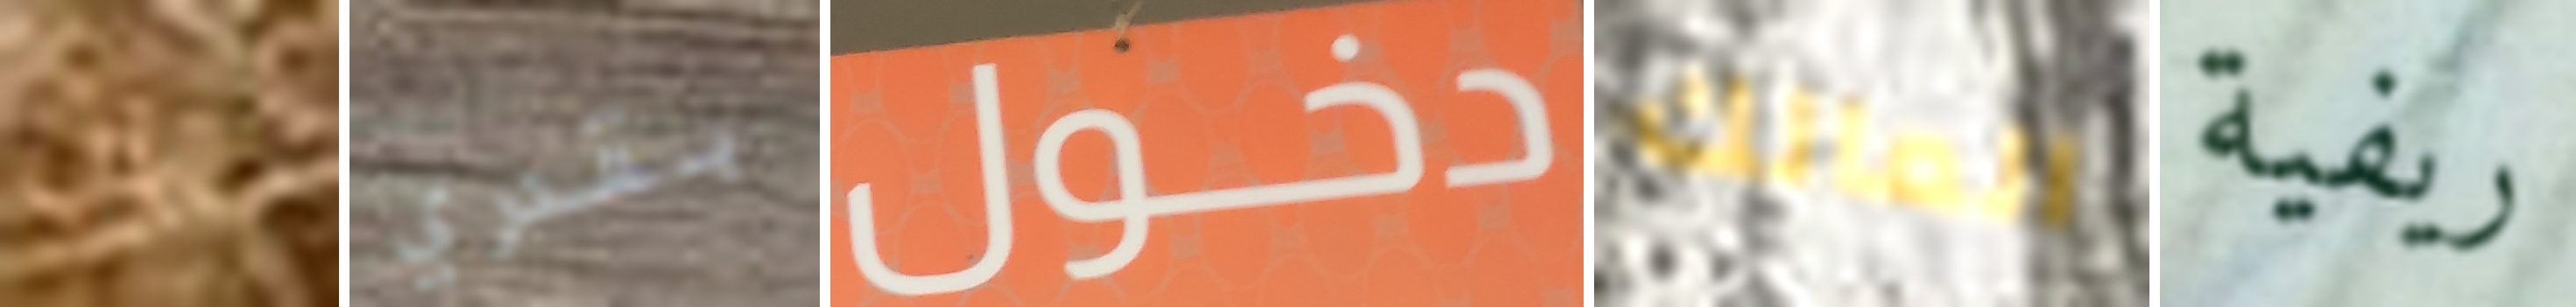
الآن بقدري دخول المالك ريفية